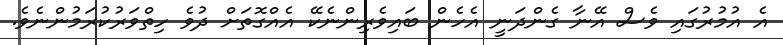
އެ އުމުރުގައި ވެސް އޭނާ ގެންދަނީ އެހެން ބައިވެރިންނެކޭ އެއްގޮތަށް ދުވެ ހިތްވަރުކުރަމުންނެވެ.